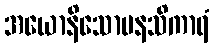
အယောနိသောမနသိကာရံ